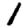
Digit: 1